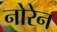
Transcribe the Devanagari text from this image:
नोरेन